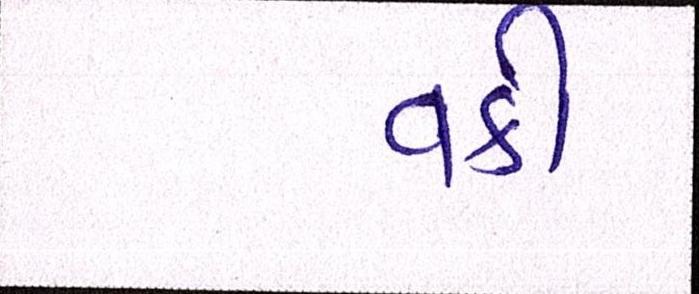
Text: વકી